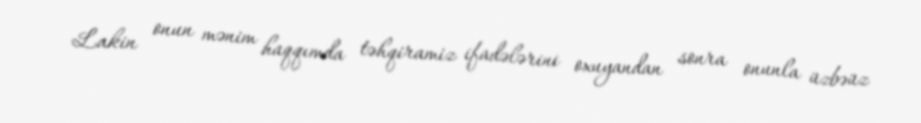
Lakin onun mənim haqqımda təhqiramiz ifadələrini oxuyandan sonra onunla üzbəüz